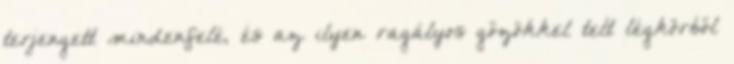
terjengett mindenfelé, és az ilyen ragályos gőzökkel telt légkörből